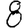
Digit: 8